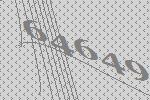
64649